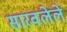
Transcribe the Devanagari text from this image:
सारवलेले